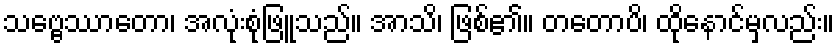
သဗ္ဗေဿာတော၊ အလုံးစုံဖြူသည်။ အာသိ၊ ဖြစ်၏။ တတောပိ၊ ထိုနောင်မှလည်း။